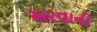
અરવાની